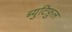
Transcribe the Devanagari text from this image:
ब्युटिफ़ुल